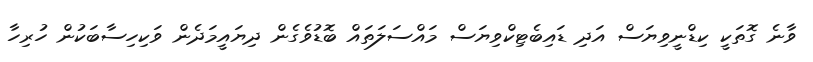
ވާނެ ގޮތަކީ ކިޑްނީވިޔަސް އަދި ޑައިބެޓިކްވިޔަސް މައްސަލަތައް ބޮޑުވެގެން ދިޔައީމަދެން ވަކިހިސާބަކުން ހުރިހާ